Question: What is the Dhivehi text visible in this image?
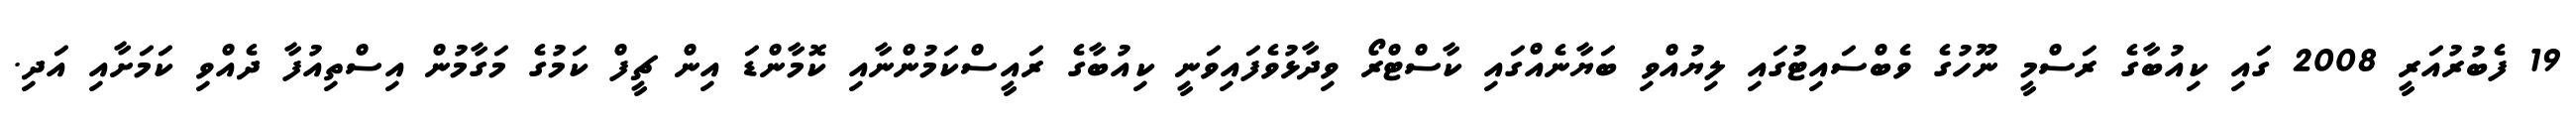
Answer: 19 ފެބުރުއަރީ 2008 ގައި ކިއުބާގެ ރަސްމީ ނޫހުގެ ވެބްސައިޓުގައި ލިޔުއްވި ބަޔާނެއްގައި ކާސްޓްރޯ ވިދާޅުވެފައިވަނީ ކިއުބާގެ ރައީސްކަމުންނާއި ކޮމާންޑަ އިން ޗީފް ކަމުގެ މަގާމުން އިސްތިއުފާ ދެއްވި ކަމަށާއި އަދި.